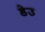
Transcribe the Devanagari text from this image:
डेउ